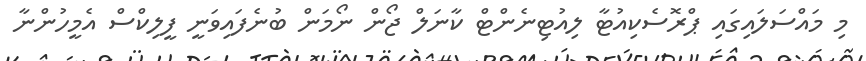
މި މައްސަލައިގައި ޕްރޮސެކިއުޓާ ލިއުޓިނެންޓް ކާނަލް ޖޯން ނޯމަން ބުނެފައިވަނީ ފީލިކްސް އެމީހުންނާ